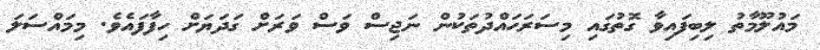
މައުލޫމާތު ލިބިފައިވާ ގޮތުގައި މިސަރަހައްދުތަކުން ނަޖިސް ވަސް ވަރަށް ގަދަޔަށް ހިފާފައެވެ. މިމައްސަލަ